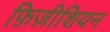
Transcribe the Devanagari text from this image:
फ़िज़ीशियन